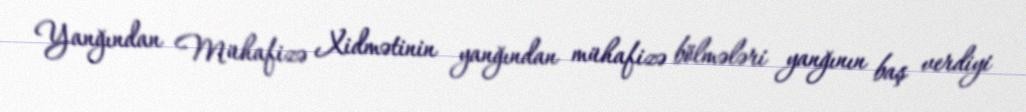
Yanğından Mühafizə Xidmətinin yanğından mühafizə bölmələri yanğının baş verdiyi